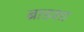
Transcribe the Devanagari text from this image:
ब्राडशा